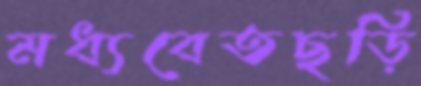
মধ্যবেতছড়ি